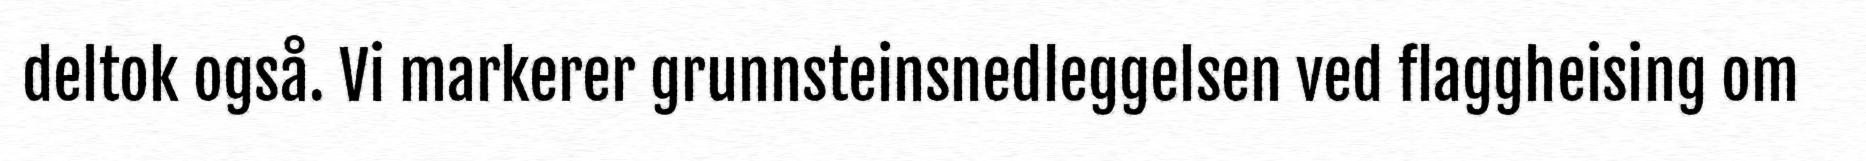
deltok også. Vi markerer grunnsteinsnedleggelsen ved flaggheising om